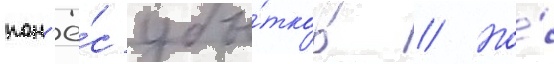
пон'ё́с убы́тков // Но́